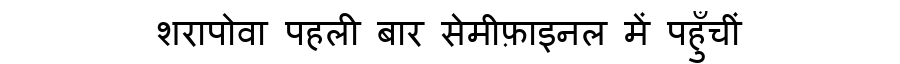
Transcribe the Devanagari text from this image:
शरापोवा पहली बार सेमीफ़ाइनल में पहुँचीं